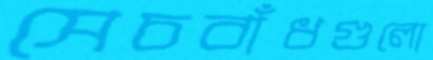
সেচবাঁধগুলো